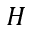
H